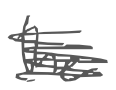
Text: the
Cross-out: mix
Writing tool: digital_gray